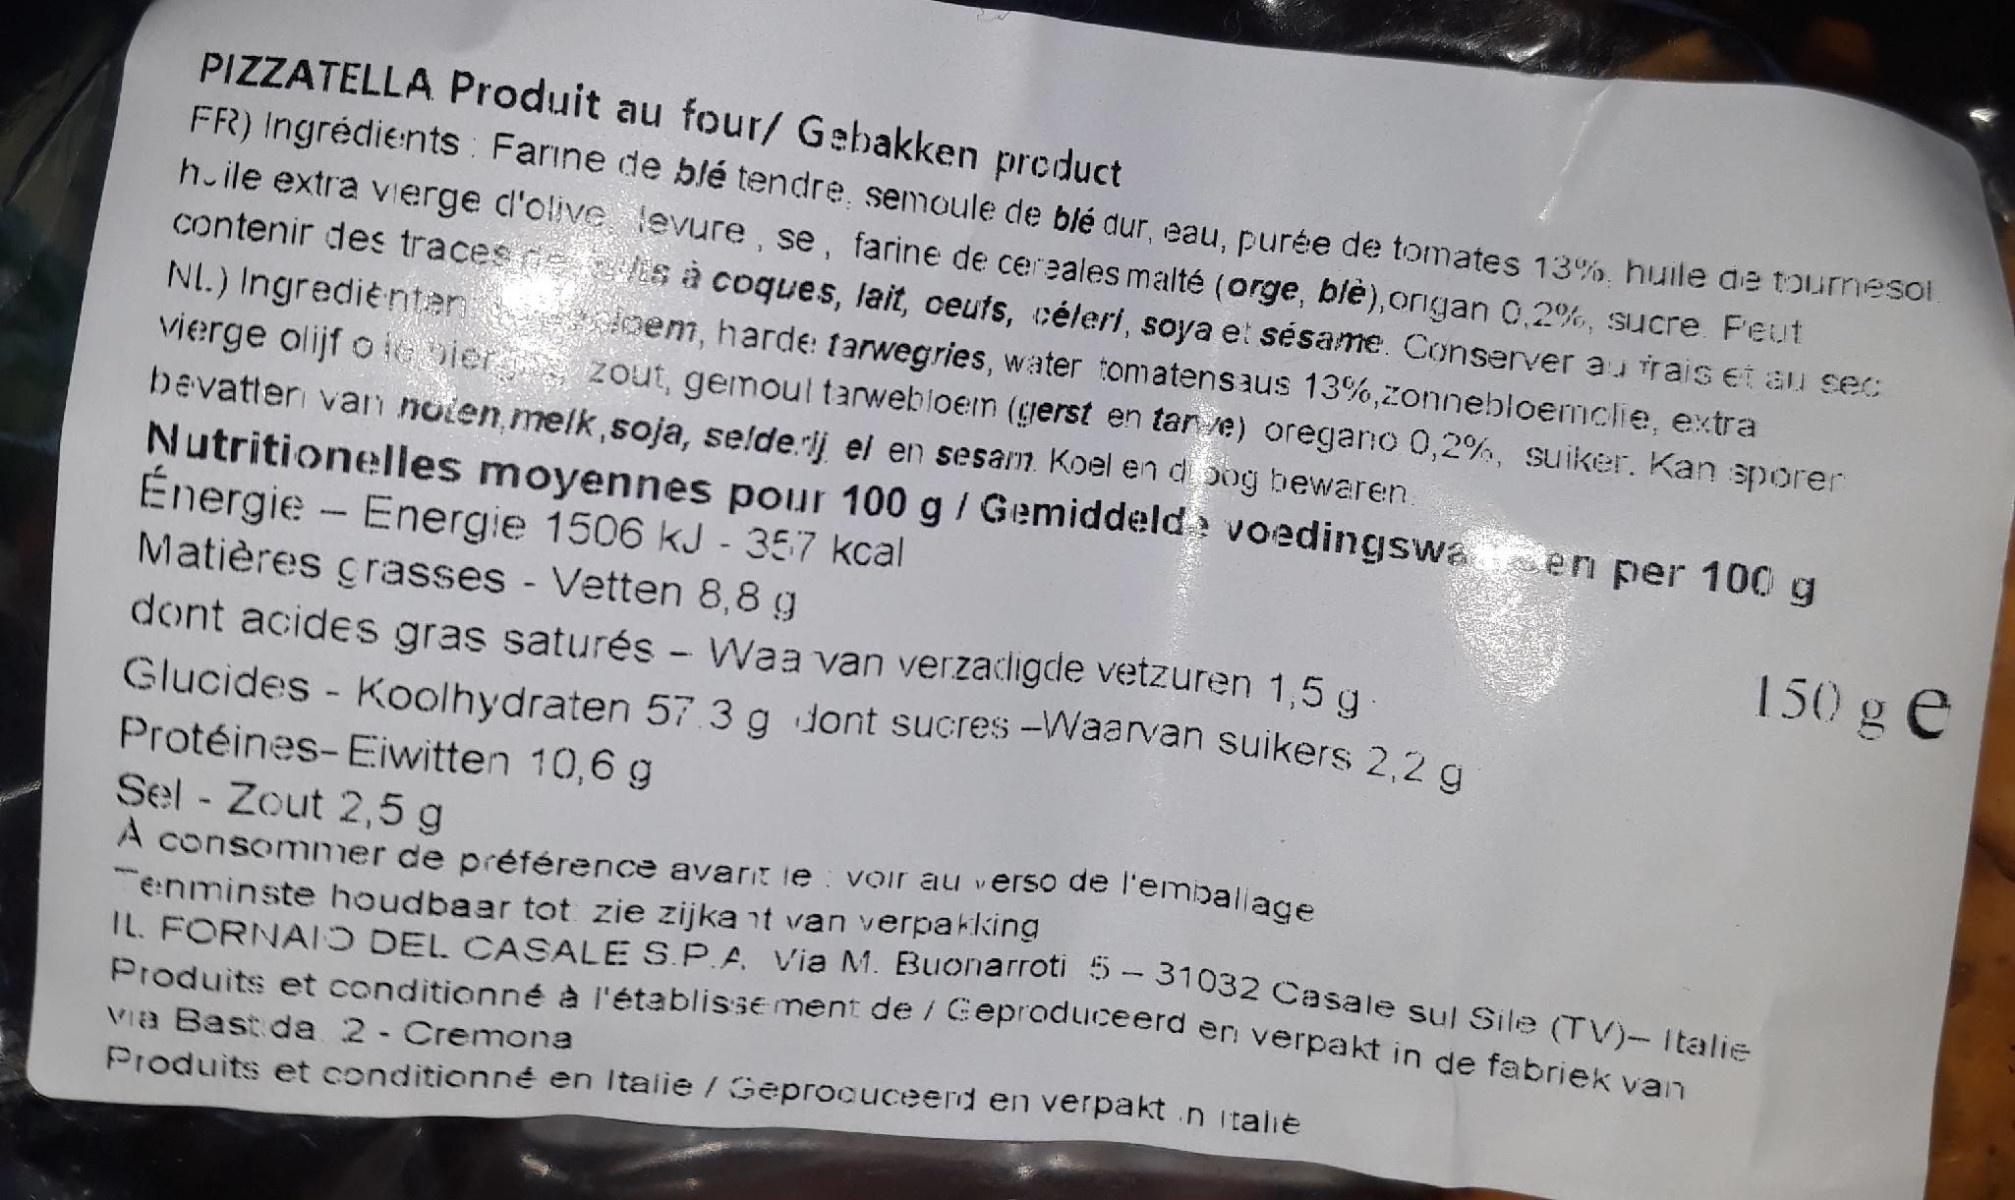
PIZZATELLA Produit au four/ Gebakken product FR) Ingrédients Farıne de blé tendre, semoule de blé dur, eau, purée de tomates 13%, huile de tourmesof h.ile extra vierge d'olive levure, se, farine de cereales malté (orge, blè),origan 0.2%, sucre Feut contenir des traces de is à coques, lait, ceuts, céleri, soya et sésame. Conserver au irais et aI sec NI.) Ingredientan doem, harde: farwegries, water tomatensaus 13%,zonnebloemclie, extra vierge olijf o G oier zout, gemoul tarwebloem (gerst en tan e) oregano 0,2%, suiker. Kan sporer bevatter van noten,melk,soja, selderij el en sesam. Koel en d bog bewaren. Nutritionelles moyennes pour 100 g/ Gemiddeld: voedingswa en per 100 g Énergie - Energie 1506 kJ - 357 kcal Matières crasses - Vetten 8,8 g
150 g e
dont acides gras saturés - Waa van verzadigde vetzuren 1,5 g
Glucides - Koolhydraten 57.3 g dont sucres -Waanvan suikers 220 Protéines-Eiwitten 10,6g Sel - Zout 2,5 g
erso de l'embaliage
A consommer de préférence avarit ie voir au v enminste houdbaar tot zie zijka nt van verpakking IL FORNAIO DEL CASALE S.P.A Via M. Buonarrotu - 31032 Casale sul Sile (TV ali Produits et conditionné à l'établisse ment de / Ceprodticeerd en verpakt in de fabriek v Via Bast da 2- Cremona Produits et conditionné en Italie / Geprocuceerd en verpakt .n italie